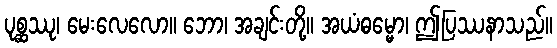
ပုစ္ဆဿု၊ မေးလေလော။ ဘော၊ အချင်းတို့။ အယံဓမ္မော၊ ဤပြဿနာသည်။